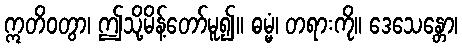
ဣတိဝတွာ၊ ဤသို့မိန့်တော်မူ၍။ ဓမ္မံ၊ တရားကို။ ဒေသေန္တော၊